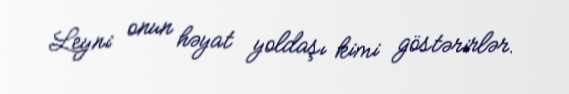
Leyni onun həyat yoldaşı kimi göstərirlər.